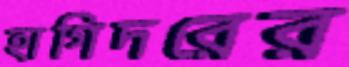
হাগিদরের